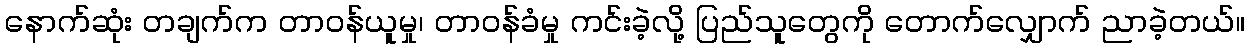
နောက်ဆုံး တချက်က တာဝန်ယူမှု၊ တာဝန်ခံမှု ကင်းခဲ့လို့ ပြည်သူတွေကို တောက်လျှောက် ညာခဲ့တယ်။